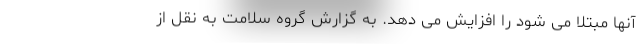
آنها مبتلا می شود را افزایش می دهد. به گزارش گروه سلامت به نقل از